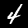
Label: 4